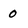
Character: 0